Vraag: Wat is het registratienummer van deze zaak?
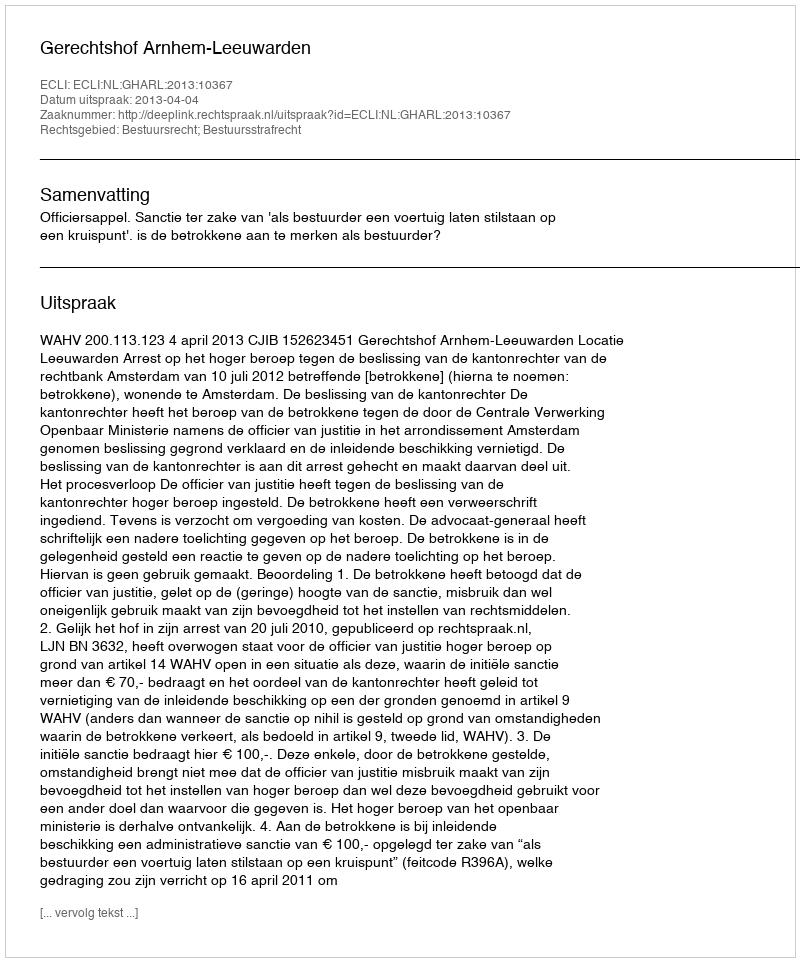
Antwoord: http://deeplink.rechtspraak.nl/uitspraak?id=ECLI:NL:GHARL:2013:10367